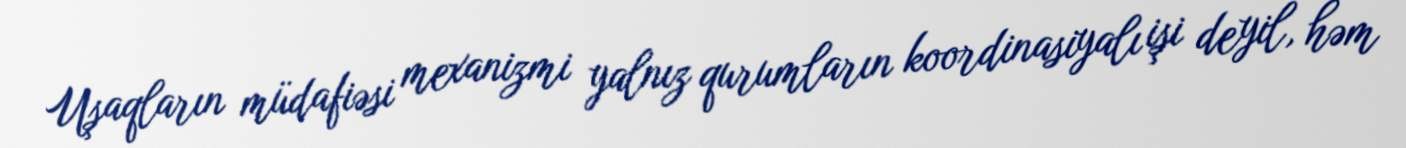
Uşaqların müdafiəsi mexanizmi yalnız qurumların koordinasiyalı işi deyil, həm